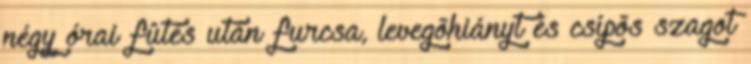
négy órai fûtés után furcsa, levegõhiányt és csípõs szagot